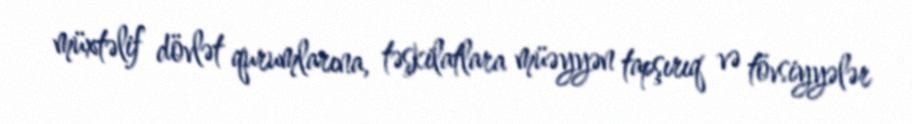
müxtəlif dövlət qurumlarına, təşkilatlara müəyyən tapşırıq və tövsiyyələr